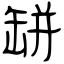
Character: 缾